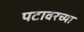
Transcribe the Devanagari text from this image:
पटावरच्या